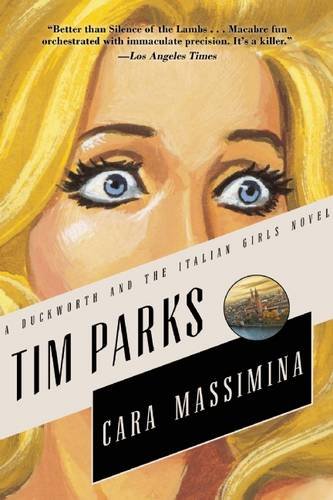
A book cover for Cara Massimina: A Novel (Duckworth and the Italian Girls); Tim Parks; Literature & Fiction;